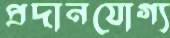
প্রদানযোগ্য